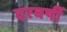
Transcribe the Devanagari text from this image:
दरवर्षी